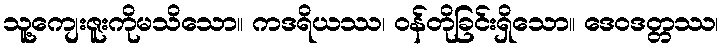
သူ့ကျေးဇူးကိုမသိသော။ ကဒရိယဿ၊ ဝန်တိုခြင်းရှိသော။ ဒေဝဒတ္တဿ၊